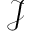
\mathcal { J }